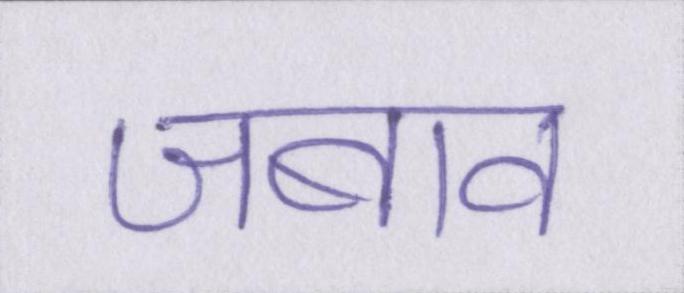
जबाव